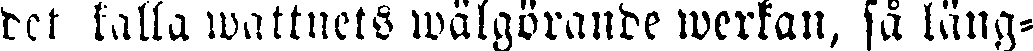
det kalla wattnets wälgörande werkan, så läng-